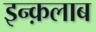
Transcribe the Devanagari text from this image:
इन्क़लाब